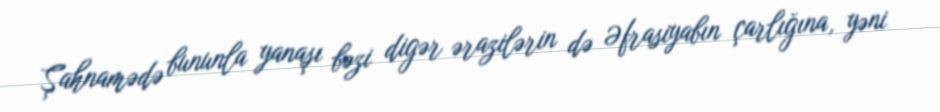
Şahnamədə bununla yanaşı bəzi digər ərazilərin də Əfrasiyabın çarlığına, yəni